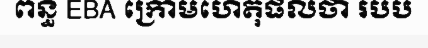
ពន្ធ EBA ក្រោមហេតុផលថា របប